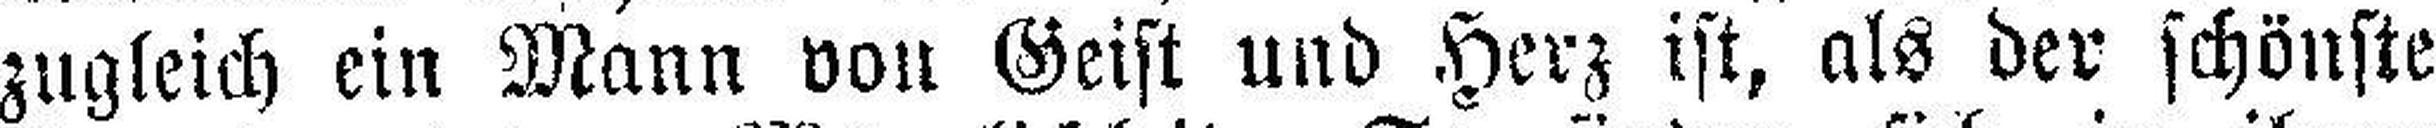
zugleich ein Mann von Geist und Herz ist, als der schönste